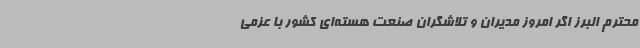
محترم البرز اگر امروز مدیران و تلاشگران صنعت هسته‌ای کشور با عزمی